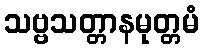
သဗ္ဗသတ္တာနမုတ္တမံ